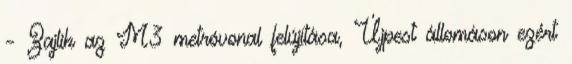
– Zajlik az M3 metróvonal felújítása, Újpest állomáson ezért